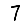
Digit: 7